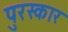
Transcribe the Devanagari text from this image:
पुरस्कार